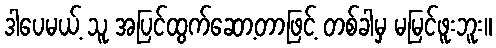
ဒါပေမယ့် သူ အပြင်ထွက်ဆော့တာဖြင့် တစ်ခါမှ မမြင်ဖူးဘူး။